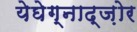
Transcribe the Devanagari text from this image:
येघेग्नाद्ज़ोर